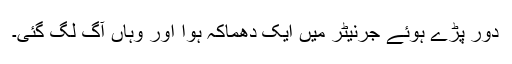
دور پڑے ہوئے جرنیٹر میں ایک دھماکہ ہوا اور وہاں آگ لگ گئی۔